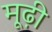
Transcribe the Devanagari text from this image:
मूढ़ी